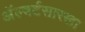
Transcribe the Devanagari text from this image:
अॅल्बर्टसारखा